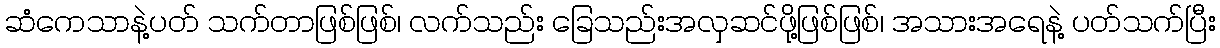
ဆံကေသာနဲ့ပတ် သက်တာဖြစ်ဖြစ်၊ လက်သည်း ခြေသည်းအလှဆင်ဖို့ဖြစ်ဖြစ်၊ အသားအရေနဲ့ ပတ်သက်ပြီး